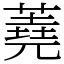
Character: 蕘